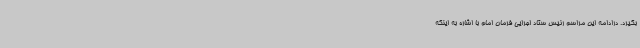
بگیرد. درادامه این مراسم رئیس ستاد اجرایی فرمان امام با اشاره به اینکه